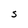
Character: S